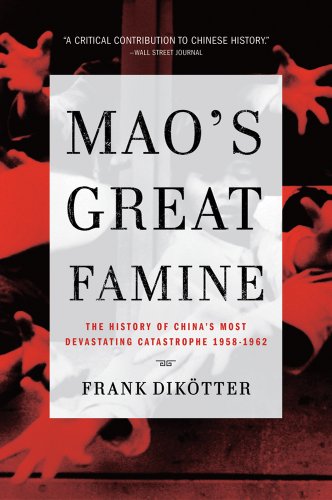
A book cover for Mao's Great Famine: The History of China's Most Devastating Catastrophe, 1958-1962; Frank DikÃ¶tter; Politics & Social Sciences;